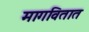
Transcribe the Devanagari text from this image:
मागवितात